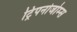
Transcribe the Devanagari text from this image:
ट्रिपनोजोम्स